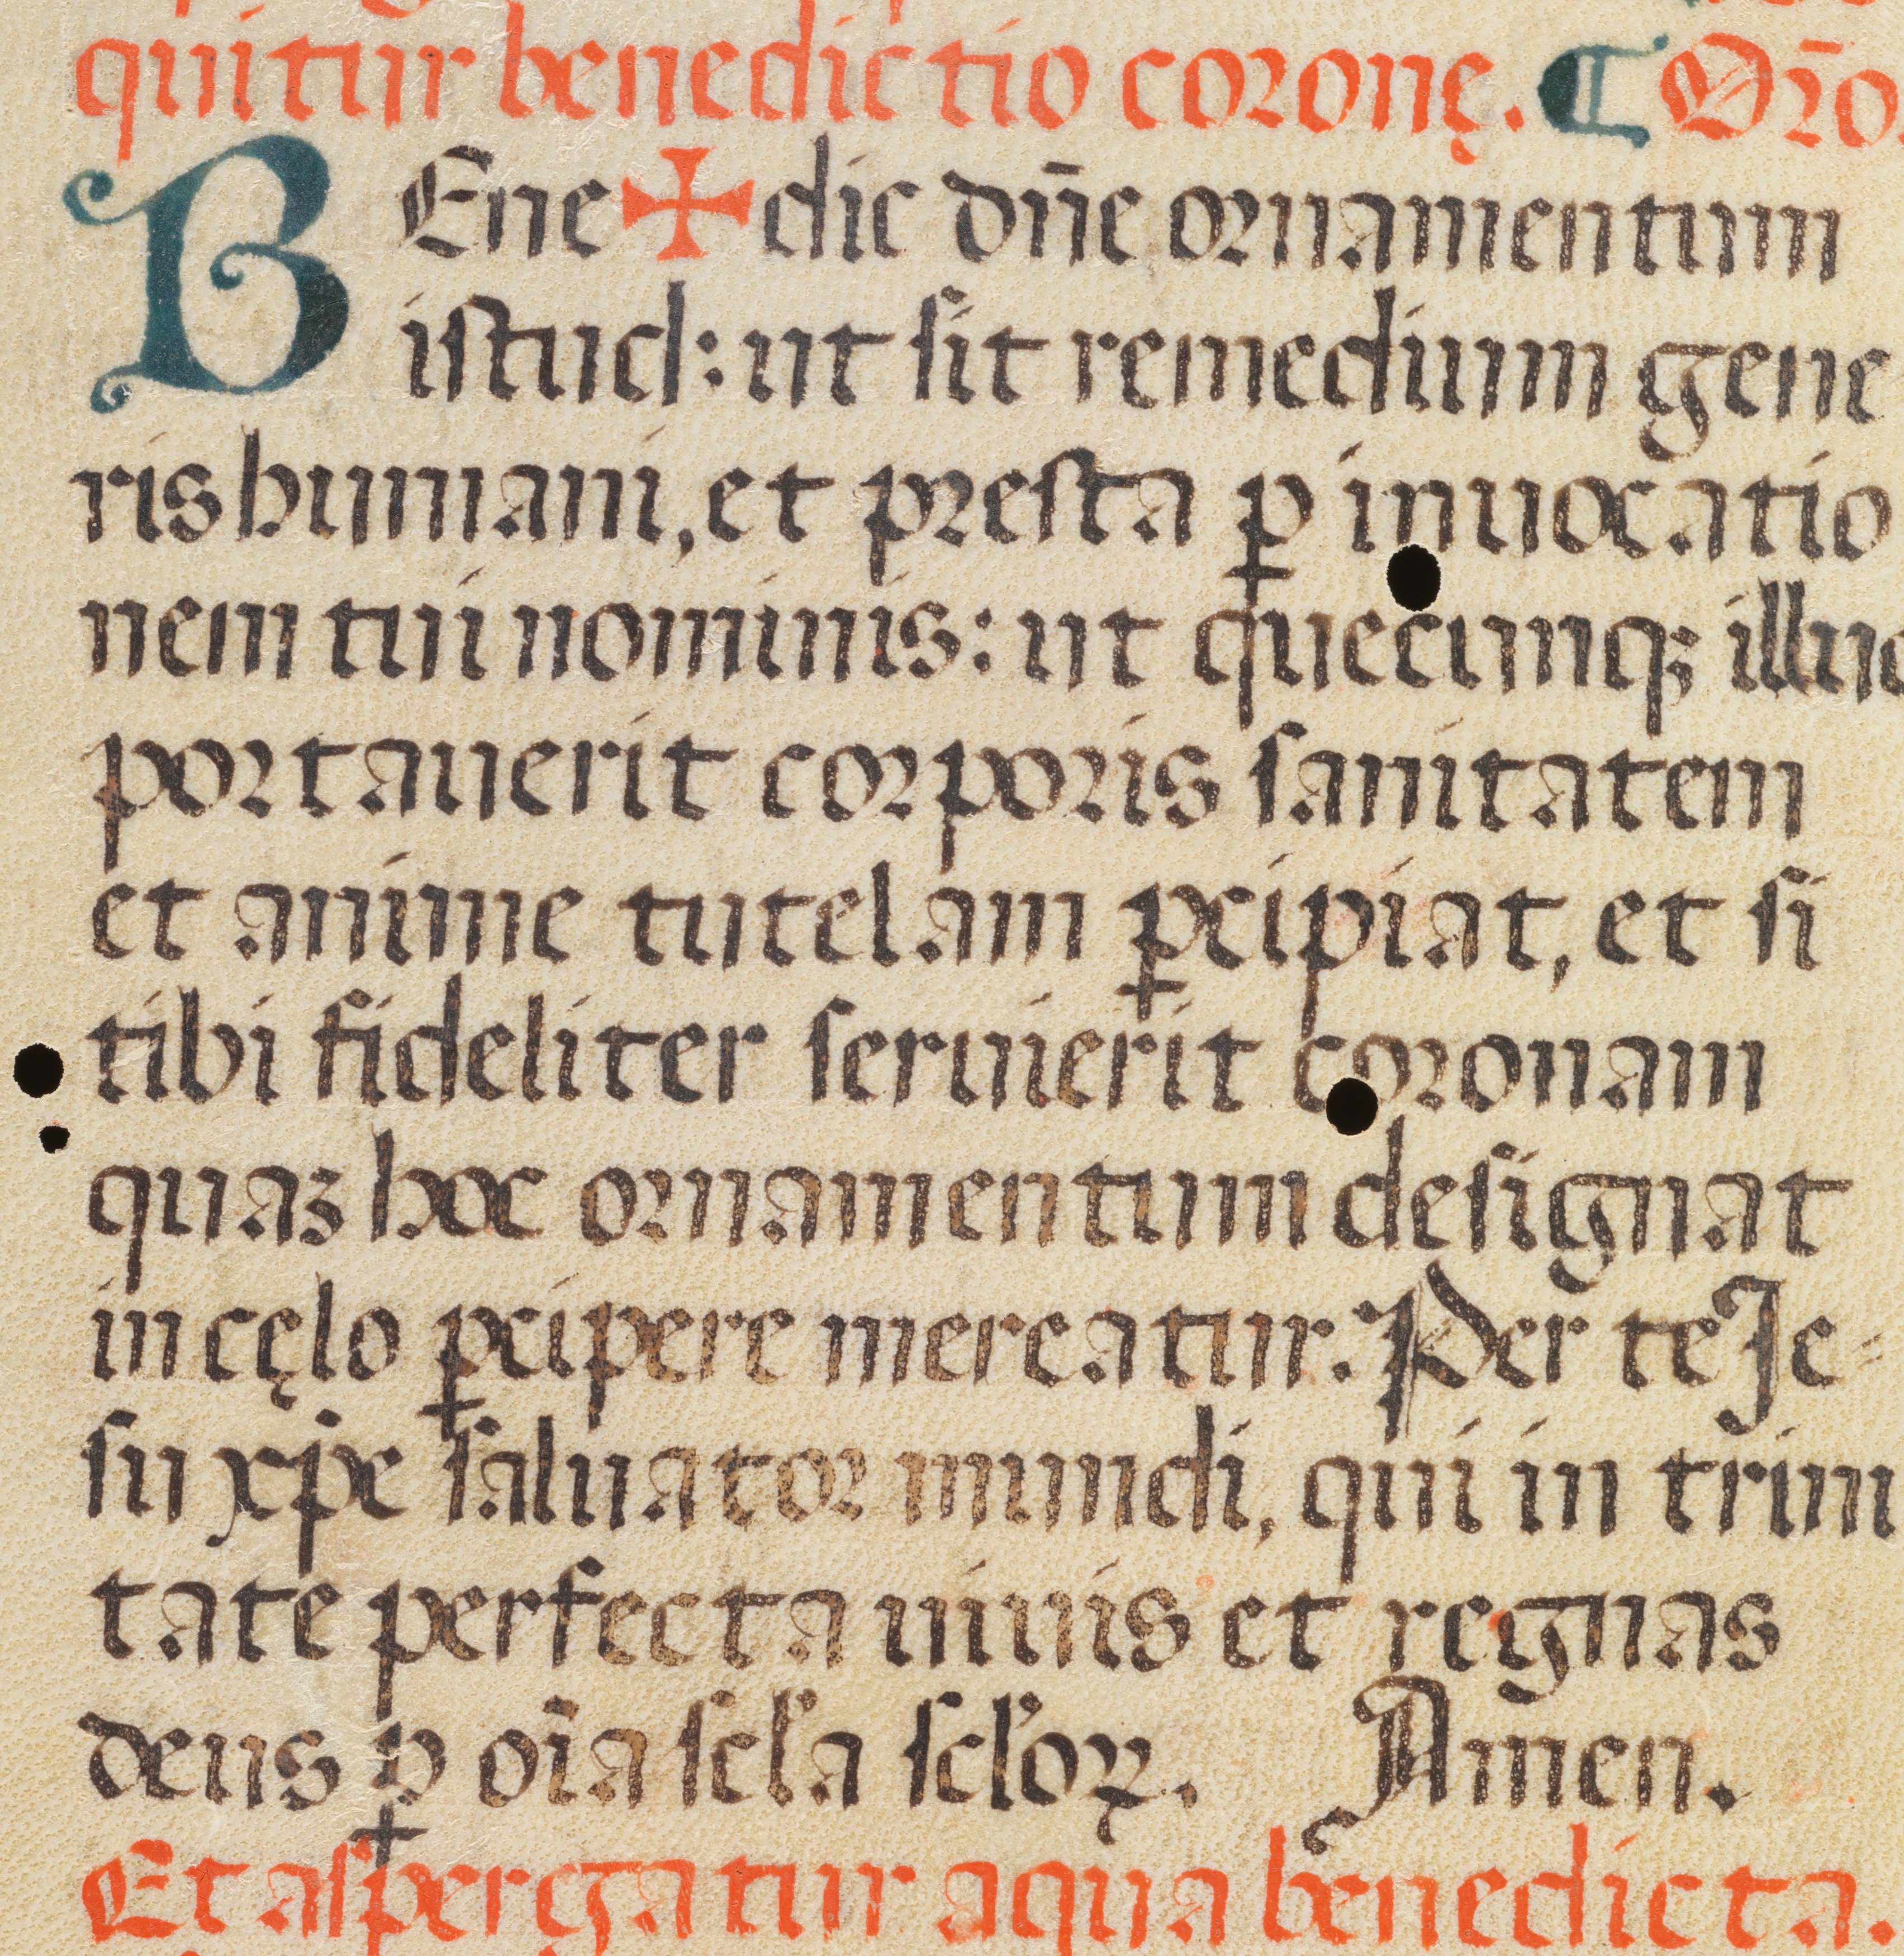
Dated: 1400–1499